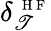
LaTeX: \delta_{\mathscr{T}}^{\mathrm{{~\scriptsize~H~F~}}}